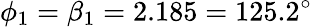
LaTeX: \phi_{1}=\beta_{1}=2.185=125.2^{\circ}